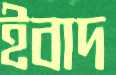
ইবাদ